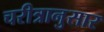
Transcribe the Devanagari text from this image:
चरीत्रानुसार